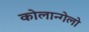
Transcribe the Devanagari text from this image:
कोलान्गेलो